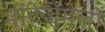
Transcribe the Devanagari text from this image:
मोंटेजे़मेलो